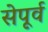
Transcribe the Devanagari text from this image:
सेपूर्व